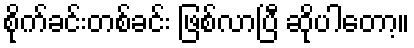
စိုက်ခင်းတစ်ခင်း ဖြစ်လာပြီ ဆိုပါတော့။